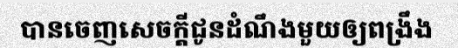
បានចេញសេចក្តីជូនដំណឹងមួយឲ្យពង្រឹង